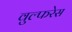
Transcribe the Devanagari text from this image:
वुल्फरेस